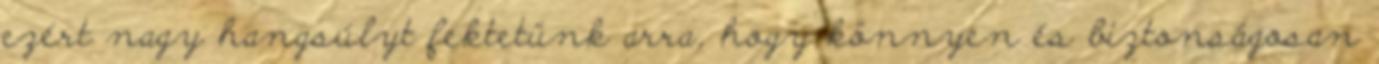
ezért nagy hangsúlyt fektetünk arra, hogy könnyen és biztonságosan